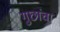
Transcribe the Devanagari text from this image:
गुछांचा